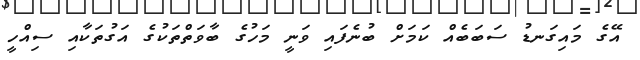
އޭގެ މައިގަނޑު ސަބަބެއް ކަމަށް ބުނެފައި ވަނީ މަހުގެ ބާވަތްތަކުގެ އަގުތަކާއި ސިއްހީ